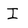
Character: I